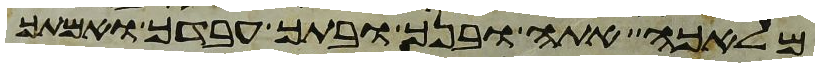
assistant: מלאכה אתה ובנך ובתך עבדך ואמתך